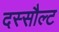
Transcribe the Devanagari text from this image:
दस्सौल्ट